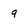
Character: 9